Leaving Certificate Examination, 1912
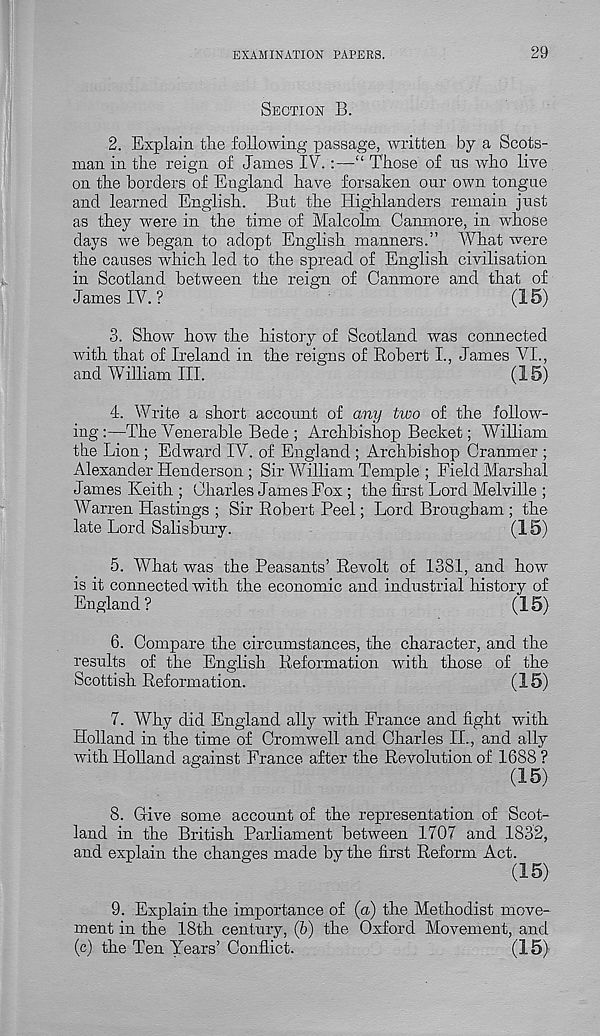
EXAMINATION PAPERS.
29
Section B.
2. Explain the following passage, written by a Scots-
man in the reign of James IV.:—“ Those of ns who live
on the borders of England have forsaken our own tongue
and learned English. But the Highlanders remain just
as they were in the time of Malcolm Canmore, in whose
days we began to adopt English manners.” What were
the causes which led to the spread of English civilisation
in Scotland between the reign of Canmore and that of
James IV. ?
(15)
3. Show how the history of Scotland was connected
with that of Ireland in the reigns of Robert I., James VI.,
and William III.
(15)
4. Write a short account of any two of the follow-
ing :—The Venerable Bede ; Archbishop Becket; William
the Lion ; Edward IV. of England ; Archbishop Cranmer ;
Alexander Henderson ; Sir William Temple ; Field Marshal
James Keith ; Charles James Fox ; the first Lord Melville ;
Warren Hastings ; Sir Robert Peel; Lord Brougham ; the
late Lord Salisbury.
(15)
5. What was the Peasants’ Revolt of 1381, and how
is it connected with the economic and industrial history of
England?
(15)
6. Compare the circumstances, the character, and the
results of the English Reformation with those of the
Scottish Reformation.
(15)
7. Why did England ally with France and fight with
Holland in the time of Cromwell and Charles II., and ally
with Holland against France after the Revolution of 1688 ?
(15)
8. Give some account of the representation of Scot-
land in the British Parliament between 1707 and 1832,
and explain the changes made by the first Reform Act.
(15)
9. Explain the importance of (a) the Methodist move-
ment in the 18th century, (b) the Oxford Movement, and
(c) the Ten Years’ Conflict.
(15)